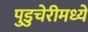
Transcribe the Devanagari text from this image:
पुडुचेरीमध्ये